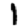
Digit: 1